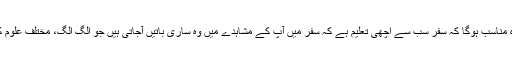
سفر تعلیم ہے بلکہ یہ کہنا زیادہ مناسب ہوگا کہ سفر سب سے اچھی تعلیم ہے کہ سفر میں آپ کے مشاہدے میں وہ ساری باتیں آجاتی ہیں جو الگ الگ، مختلف علوم کی کتابوں میں تحریر ہوتی ہیں۔